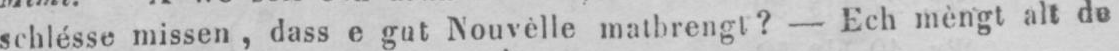
schlésse missen, dass e gut Nouvèlle matbrengt? - Ech mèngt alt do